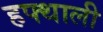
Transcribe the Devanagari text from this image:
हफ्थाली